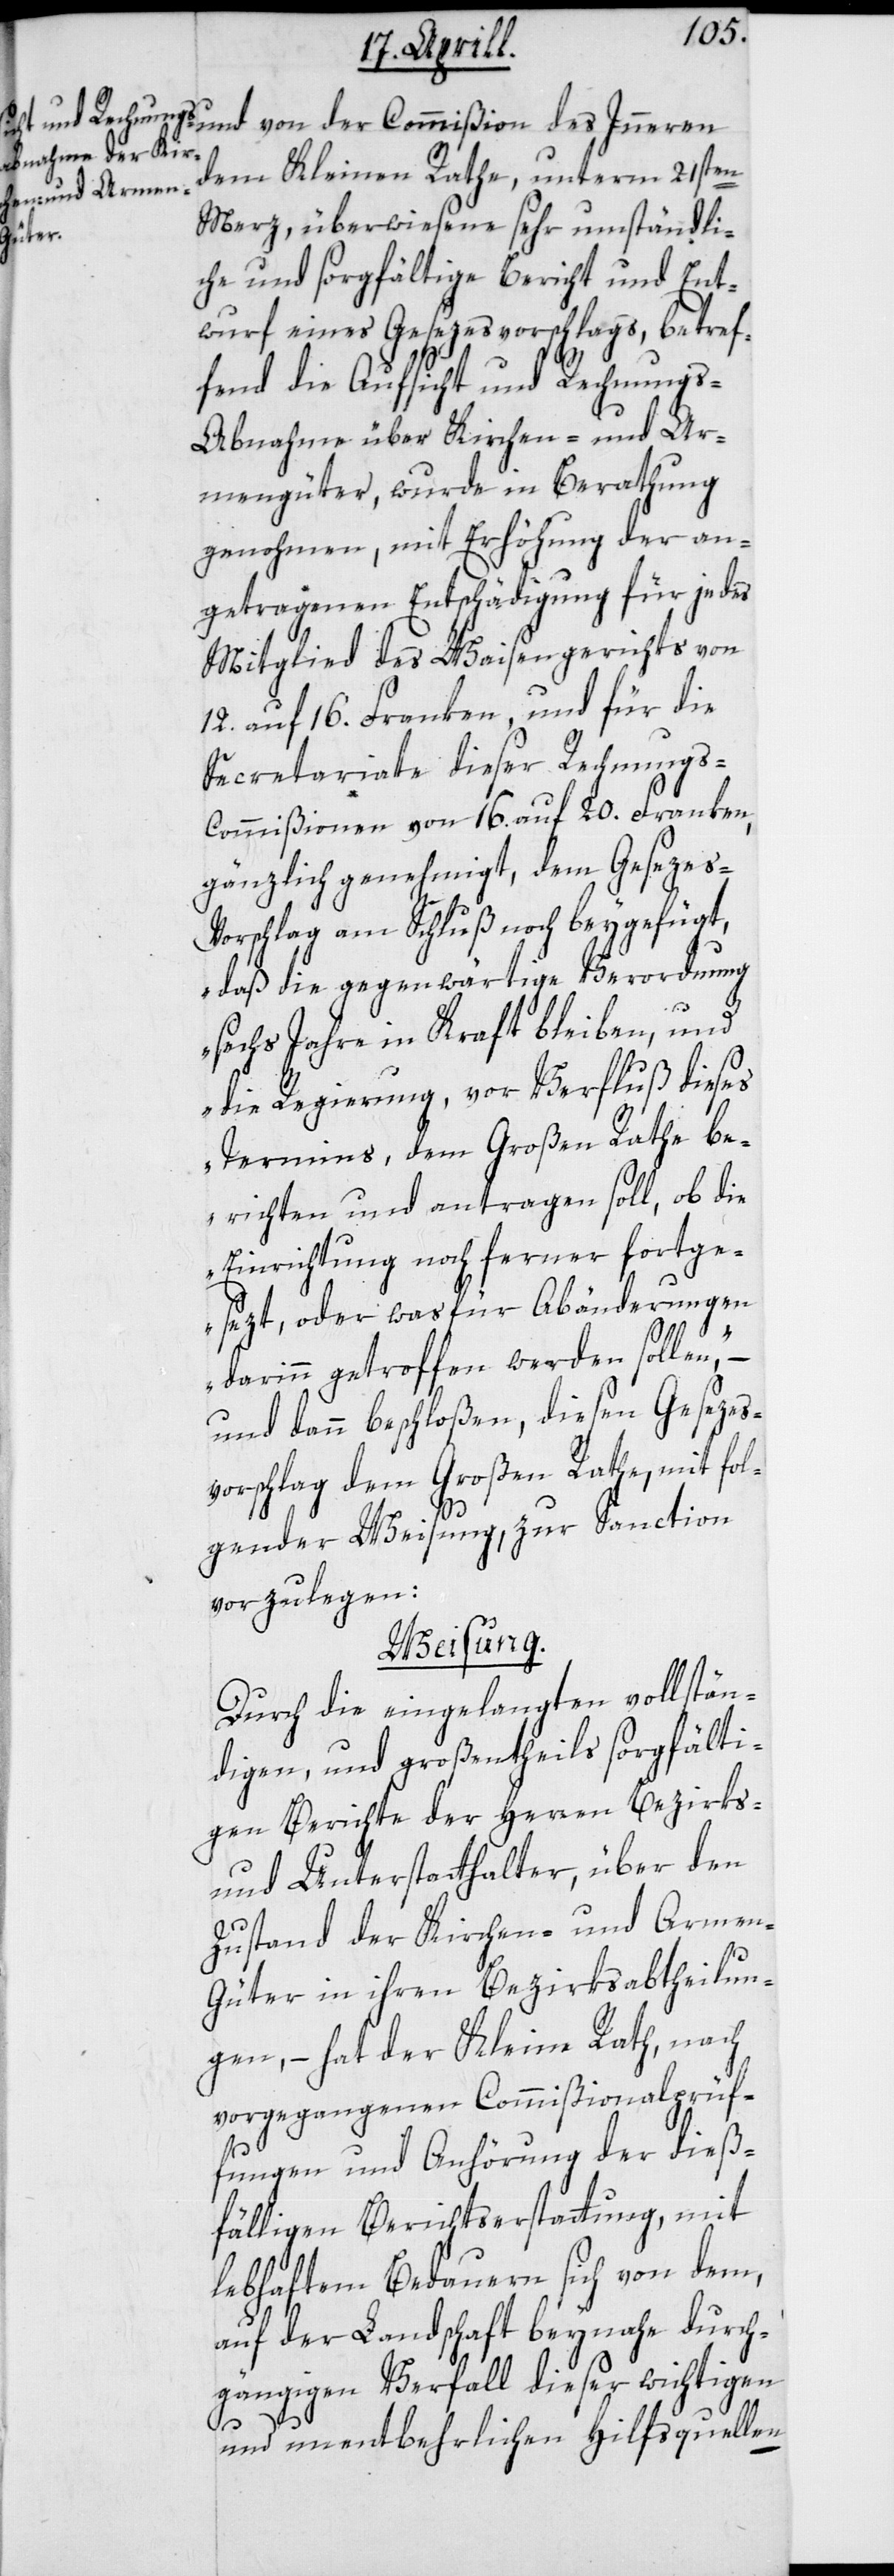
dem Kleinen Rathe unterm 21sten
Merz, überwiesene sehr umständli¬
che und sorgfältige Bericht und Ent¬
wurf eines Gesezesvorschlags, betref¬
fend die Aufsicht und Rechnungs-A¬
bnahme über Kirchen- und Ar¬
mengüter, wurde in Berathung
genohmen, mit Erhöhung der an¬
getragenen Entschädigung für jedes
Mitglied des Waisengerichts von
12. auf 16. Franken, und für die
Secretariate dieser Rechnungs-C¬
ommißionen von 16. auf 20. Franken,
gänzlich genehmigt, dem Gesezes-V¬
orschlag am Schluß noch beygefügt,
„daß die gegenwärtige Verordnung
sechs Jahre in Kraft bleiben, und
die Regierung vor Verfluß dieses
Termins, dem Großen Rathe be¬
richten und antragen soll, ob die
Einrichtung noch ferner fortge¬
sezt, oder was für Abänderungen
darinn getroffen werden sollen“, –
und dann beschloßen, diesen Gesezes¬
vorschlag dem Großen Rathe, mit fol¬
gender Weisung, zur Sanction
vorzulegen:
Weisung.
Durch die eingelangten vollstän¬
digen, und großentheils sorgfälti¬
gen Berichte der Herren Bezirks-
und Unterstatthalter, über den
Zustand der Kirchen- und Arme¬
n-Güter in ihren Bezirksabtheilun¬
gen, – hat der Kleine Rath, nach
vorgegangenen Commißionalprüf¬
fungen und Anhörung der dieß¬
fälligen Berichtserstattung, mit
lebhaftem Bedauern sich von dem,
auf der Landschaft beynahe durch¬
gängigen Verfall dieser wichtigen
des
und unentbehrlichen Hilfsquellen